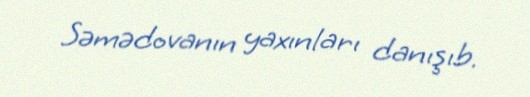
Səmədovanın yaxınları danışıb.